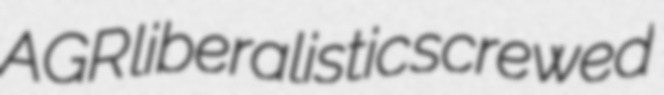
AGR liberalistic screwed